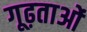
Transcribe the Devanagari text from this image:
गूढ़ताओं